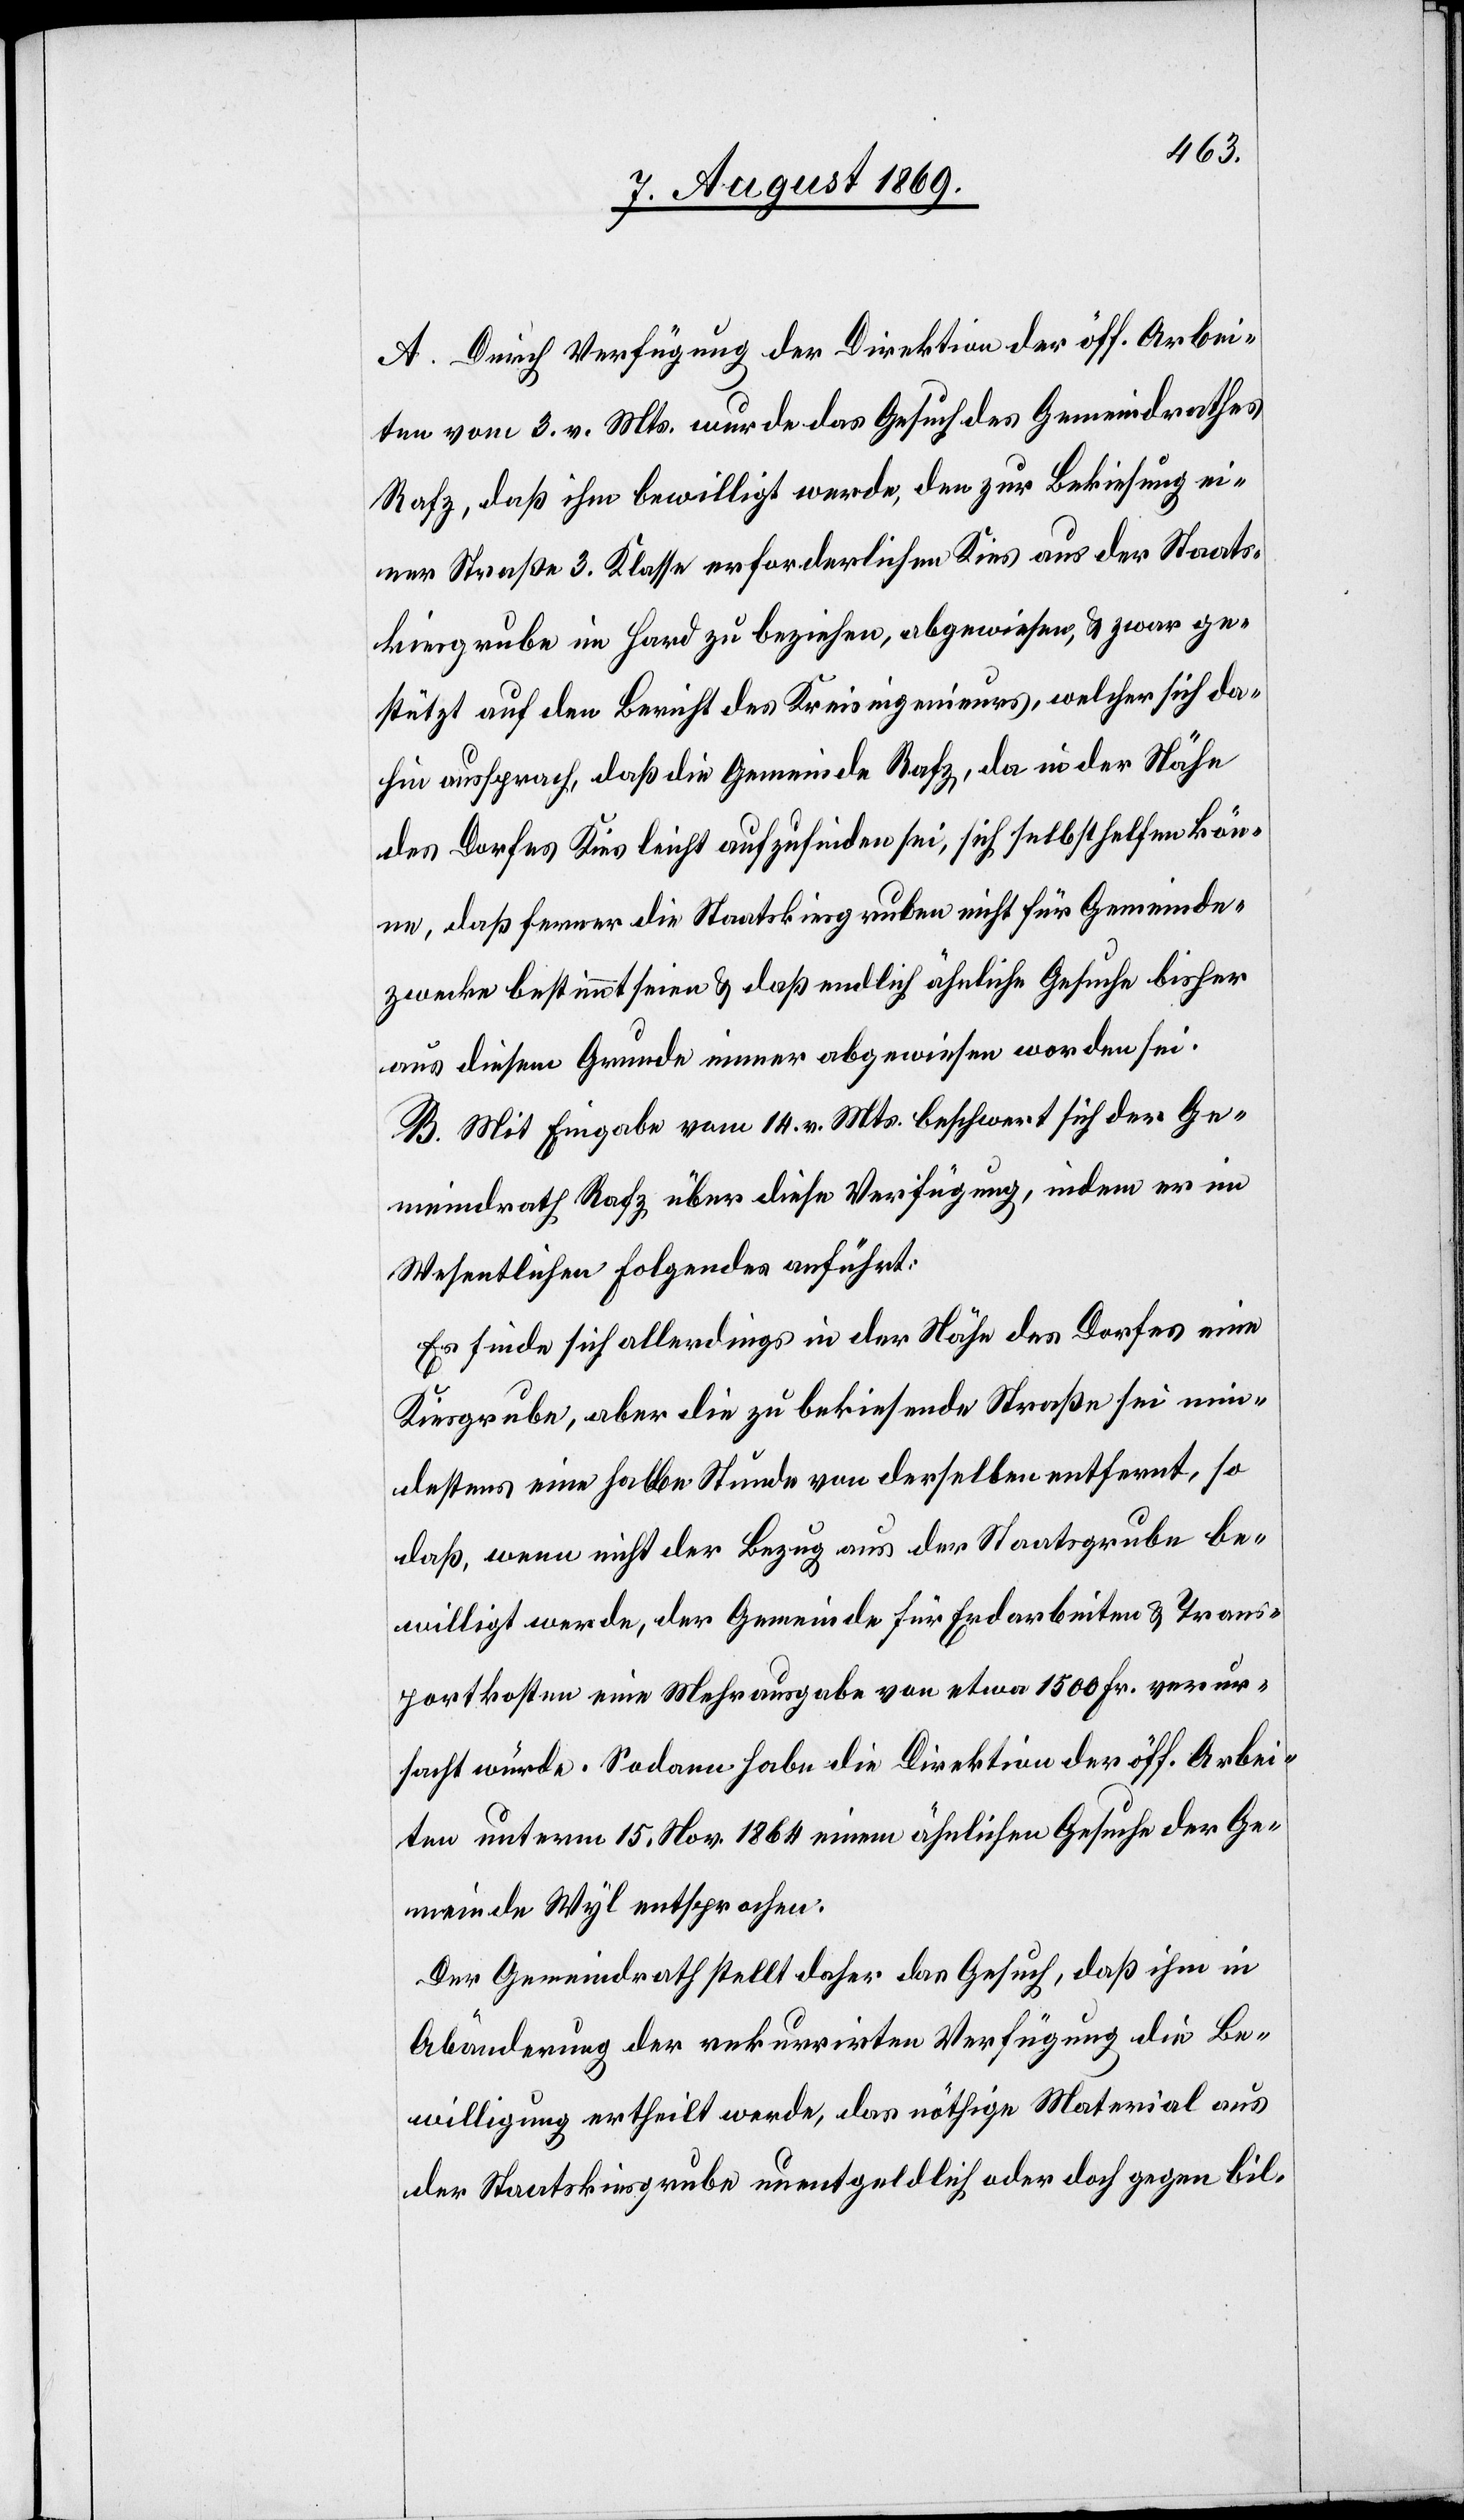
A. Durch Verfügung der Direktion der öff. Arbei¬
ten vom 3 v. Mts. wurde das Gesuch des Gemeindrathes
Rafz, daß ihm bewilligt werde, den zur Bekiesung ei¬
ner Straße 3 Klasse erforderlichen Kies aus der Staats¬
kiesgrube im Hard zu beziehen, abgewiesen, & zwar ge¬
stützt auf den Bericht des Kreisingenieurs, welcher sich da¬
hin aussprach, daß die Gemeinde Rafz, da in der Nähe
des Dorfes Kies leicht aufzufinden sei, sich selbst helfen kön¬
ne, daß ferner die Staatskiesgruben nicht für Gemeinde¬
zwecke bestimmt seien & daß endlich ähnliche Gesuche bisher
aus diesem Grunde immer abgewiesen worden sei.
B. Mit Eingabe vom 14 v. Mts. beschwert sich der Ge¬
meindrath Rafz über diese Verfügung, indem er im
Wesentlichen folgendes anführt:
Es finde sich allerdings in der Nähe des Dorfes eine
Kiesgrube, aber die zu bekiesende Straße sei min¬
destens eine halbe Stunde von derselben entfernt, so
daß, wenn nicht der Bezug aus der Staatsgrube be¬
willigt werde, der Gemeinde für Erdarbeiten & Trans¬
portkosten eine Mehrausgabe von etwa 1 500 Fr. verur¬
sacht würde. Sodann habe die Direktion der öff. Arbei¬
ten unterm 15 Nov. 1864 einem ähnlichen Gesuche der Ge¬
meinde Wyl entsprochen:
Der Gemeindrath stellt daher das Gesuch, daß ihm in
Abänderung der rekurrirten Verfügung die Be¬
willigung ertheilt werde, das nöthige Material aus
der Staatskiesgrube unentgeldlich oder doch gegen bil-